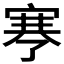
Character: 𰍉